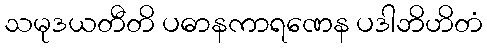
သမုဒယတီတိ ပဓာနကာရဏေန ပဒါဘိဟိတံ